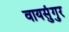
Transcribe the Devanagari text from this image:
वायसुंगुर